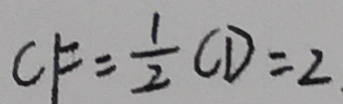
C F = \frac { 1 } { 2 } C D = 2